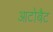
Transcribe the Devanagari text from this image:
आटोबैट